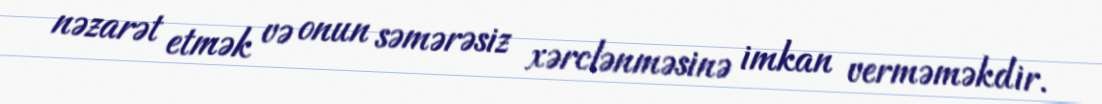
nəzarət etmək və onun səmərəsiz xərclənməsinə imkan verməməkdir.